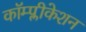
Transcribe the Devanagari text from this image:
कॉम्प्लीकेशन